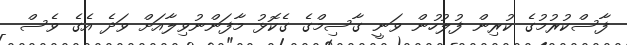
ފާސްކުރުމުގެ ކުރިން ފުލުހުން ވަނީ ގާސިމްގެ ގެކޮޅު މާފަންނުވިލާއަށް ވަދެ އެގެ ވެސް